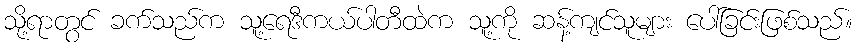
သို့ရာတွင် ခက်သည်က သူ့ရေဒီကယ်ပါတီထဲက သူ့ကို ဆန့်ကျင်သူများ ပေါ်ခြင်းဖြစ်သည်။